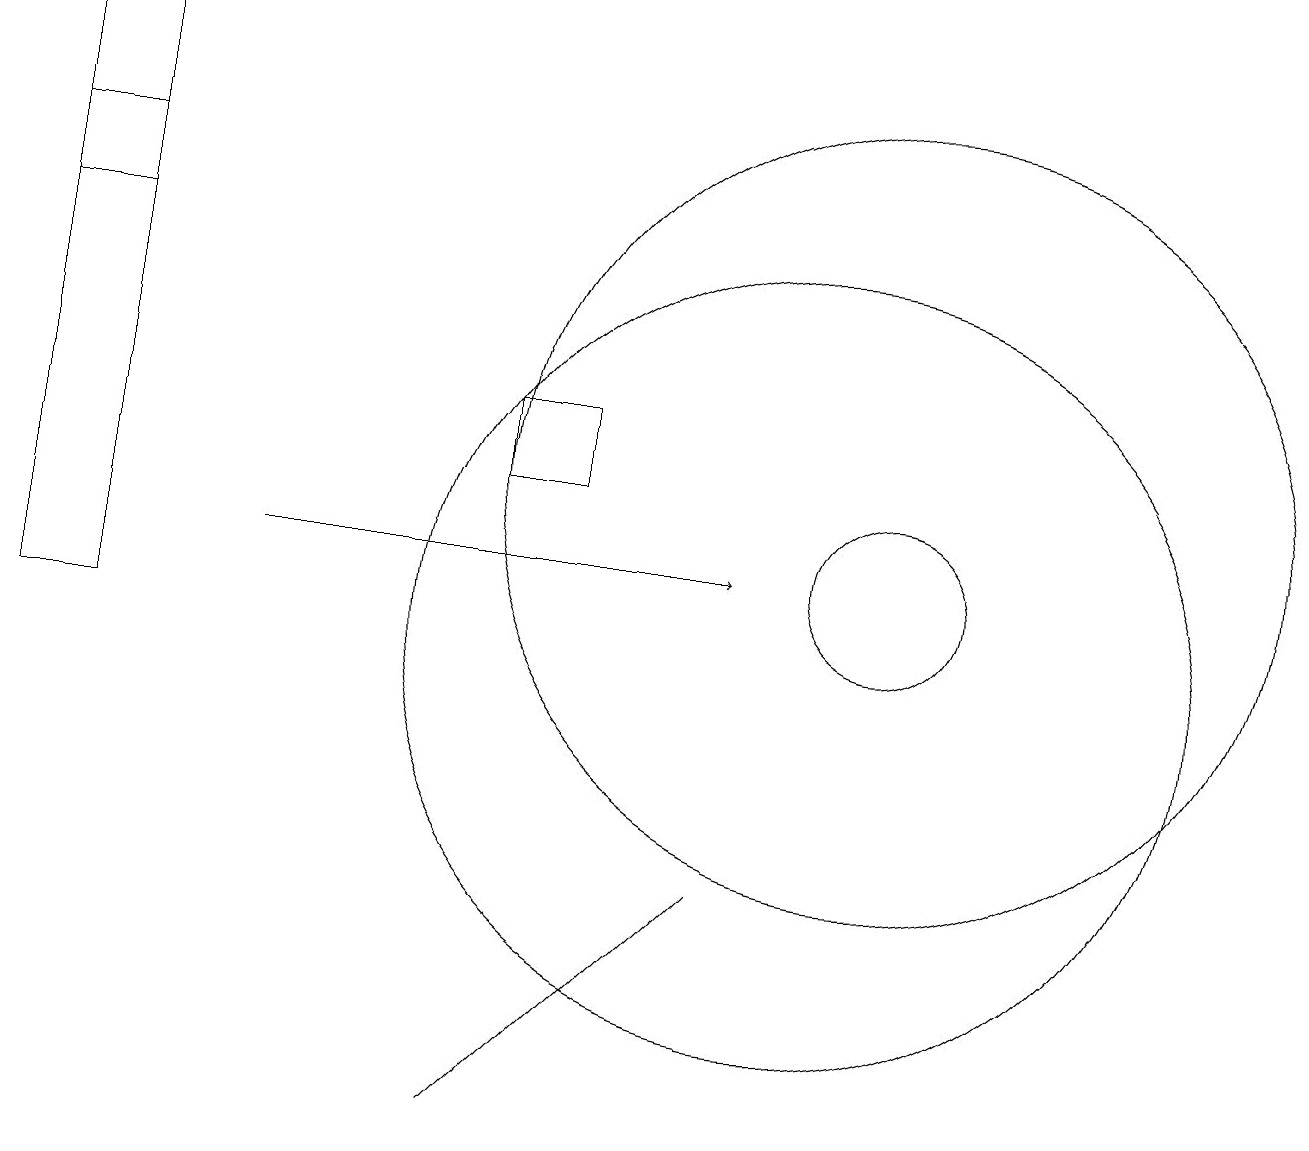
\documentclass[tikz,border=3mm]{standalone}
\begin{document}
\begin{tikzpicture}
\draw (6,4) -- (9,7) -- (8,6) -- cycle;
\draw[->] (3,11) -- (9,11);
\draw (11,11) circle (1);
\draw (10,10) circle (5);
\draw (11,12) circle (5);
\draw (6,12) rectangle (7,13);
\draw (1,15) rectangle (0,18);
\draw (0,10) rectangle (1,16);
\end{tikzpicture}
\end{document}